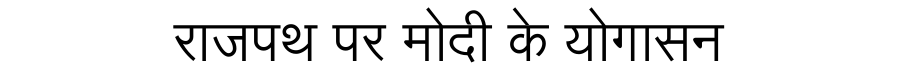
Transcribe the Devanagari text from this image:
राजपथ पर मोदी के योगासन